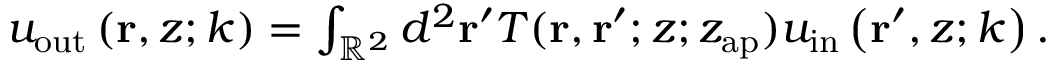
\begin{array} { r } { u _ { \mathrm { o u t } } \left( \mathbf { r } , z ; k \right) = \int _ { \mathbb { R } ^ { 2 } } d ^ { 2 } \mathbf { r } ^ { \prime } T ( \mathbf { r } , \mathbf { r } ^ { \prime } ; z ; z _ { \mathrm { a p } } ) u _ { \mathrm { i n } } \left( \mathbf { r } ^ { \prime } , z ; k \right) . } \end{array}